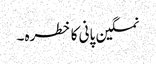
نمکین پانی کا خطرہ۔